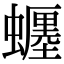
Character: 𧓋